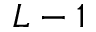
L - 1